Vital statistics of India. Vol. VI, European troops 1870-79
Year: 1870
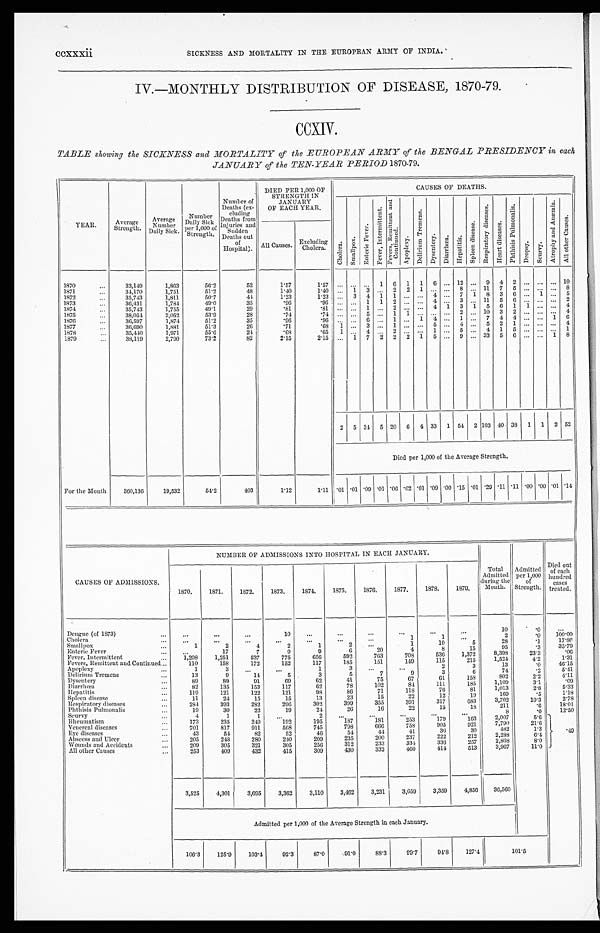
ccxxxii
SICKNESS AND MORTALITY IN THE EUROPEAN ARMY OF INDIA.
IV.-MONTHLY DISTRIBUTION OF DISEASE, 1870-79.
CCXIV.
TABLE showing the SICKNESS and MORTALITY of the EUROPEAN ARMY of the BENGAL PRESIDENCY in each
JANUARY of the TEN-YEAR PERIOD 1870-79.
YEAR.
Average
Strength.
Average
N u m b e r
Daily Sick.
Number
Daily Sick
per 1,000 of
Strength.
Number of
Deaths (ex-
eluding
Deaths from
Injuries and
Sudden
out
of
Hospital).
DIED PER 1,000 OF
STRENGTH IN
JANUARY
OF EACH YEAR
CAUSES OF DEATHS.
C h o l e r a .
Smal l pox .
En t e r i c F e v e r .
F e v e r , I n t e r m i t t e n t .
F e v e r s , R e m i t t e n t a n d C o n t i n u e d .
Apopl exy.
D e l i r i u m T r e m e n s .
Dysent er y. Di ar r hœa.
He p a t i t i s .
S p l e e n d i s e a s e .
R e s p i r a t o r y d i s e a s e s .
H e a r t d i s e a s e s .
P h t h i s i s P u l m o n a l i s .
Dr o p s y .
Sc u r v y .
A t r o p h y a n d A n æ m i a .
A l l o t h e r C a u s e s .
All Causes. Excluding
Cholera.
1870 ...
33,119
1,563
56.2
52
1.57
1.57
. . .
. . .
. . . 1
6 1
1
6
. . . 12
. . . 9
4
2 ...
. . . . . .
1 0
1871 ...
34,170
1,751
51.2
43
1.40
1.10
. . .
1 3
. . . 2
2
1
. . .
. . . 8
. . . 11
7
5 ... ..
. . .
8
1872 ...
35,713
1,811
50.7
41
1.23
1.93
. . . 3
4
1 1 ...
. . .
4
. . . 7
1 8
3
6 ...
1 . . . 5
1873 ...
36,431
1,781
49.0
35
.96
.96
. . .
. . . 1
1
2 ...
. . . 4
. . . 3
. . . 11
5
6 ...
. . . . . . 2
1874...
35,713
1,755
49.1
29
.81
.81
. . .
. . . 1
. . . 2 ...
. . . 4
1
3
1
5
6
1
1
. . . . . . 4
1875 ...
38,054
2,052
53.9
28
.74
. 7 4
. . .
. . . 5
. . .
1 1
. . .
. . .
. . .
2
. . . 10 3
2 ...
. . .
. . .
4
1876 ...
36,597
1,874
51.2
35
.96
. 9 6
. . .
. . .
6
. . .
1 ...
1
4
. . .
1
. . .
7
4
4 ...
. . .
1
6
1877 ...
30,690
1,581
51.3
26
.71
. 6 8
1
. . .
3
. . .
1 ...
. . .
5
. . .
4
. . .
5
2
1 ...
. . .
. . .
4
1878 ...
35,440
1,971
55.6
24
.68
.65
1
. . . 4
. . . 2 ...
. . .
1
. . .
5
. . . 4
1
5 ...
. . . . . .
1
1879 ...
38,110
2,700
73.
82
2.5
2.5
. . .
1 7
2
2 2
1 5
. . . 9
. . .
3 3
5
6 ...
. . .
1
8
2
5 34 5 20
6
4 33
1 54 2 103 40 38
1
1
2 52
Died per 1,000 of the Average Strength.
For the Month
360,136
19,532
54.2
403
1.12
1.11 .01 .01 .09 .01 .06 .02 .01 .09 .00 .15 .01 .29
. 1 1 .11 .00 .00 .01 .14
NUMBER OF ADMISSIONS IN TO HOSPITAL IN EACH JANUARY.
CAUSES OF ADMISSIONS.
1870.
1871.
1872.
1873.
1874.
1875.
1876.
1877.
1878.
1879.
Total
Admitted
during the
Month.
Admitted
per 1,000
of
Strengths.
Died out
of each
hundred
cases
treated.
Dengue (of 1873)
...
. . .
. . .
. . .
10
. . .
. . .
. . .
. . .
. . .
. . .
10
. 0
. . .
Cholera
...
. . .
. . .
. . .
. . .
. . .
1
1
. . .
2
. 0
1 0 0 . 0
Smal l pox
. . .
1
2
4
2
1
2
. . .
1
10
5
28
.1
17.86
Enteric Fever
. . .
17
7
9
9
6
20
4
8
15
95
8,398
.3
35.79
Fever, Intermittent
1,208
1,251
537
775
656
592
763
708
536
1,372
8 , 3 9 8
23.3
.06
Fevers, Remittent and Continued ...
110
158
172
152
117
185
151
149
115
215
1,524
4.2
1 . 3 1
Apoplexy
1
3
. . .
. . .
1
3
. . .
. . .
2
3
13
. 0
46.15
Delirium Tremens
...
13
9
14
5
3
5
7
9
3
6
74
.2
5.41
Dysentery...
89
89
91
69
62
41
75
67
61
158
802
2.2
. 4 . 1 1
Diarrhœa
82
135
153
117
62
78
102
84
111
185
1,109
3.1
09
Hepatitis
119
121
122
121
98
86
71
118
76
81
1,013
2.8
5.33
Spleen disease ...
11
24
15
15
13
23
15
22
12
19
169
.5
1.18
Respiratory diseases
...
284
393
282
296
309
399
355
391
317
683
3,702
10.3
2.78
Phthisis Pulmonalis ...
19
30
22
19
24
26
16
29
15
18
211
.6
18.01
Scurvy
4
1
1
. . .
2
. . .
. . .
. . .
. . .
. . .
8
. 0
12.50
Rheumatism ...
173
235
249
192
195
187
181
253
179
163
2,007
5.6
Venereal diseases...
701
817
911
568
745
798
666
758
905
921
7,790
21.6
Eye diseases
...
43
51
82
52
46
54
44
41
36
30
482
1.3
.49
Abscess and Ulcer
...
205
248
280
240
209
235
200
237
222
212
2,288
6.4
Wounds and Accidents
...
209
305
321
305
256
312
233
334
336
257
2,868
8.0
All other Causes...
2 5 3
409
432
415
309
430
332
460
414
513
3,967
11.0
3,525
4,301
3,695
3,362
3,110
3,462
3,231
3,659
3,359
4,856
36,560
Admitted per 1,000 of the Average Strength in each January.
106.3
125.9
103.4
92.3
87.0
01.0
83.3
99.7
94.8
127.4
101.5